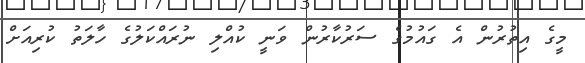
މީގެ އިތުރުން އެ ގައުމުގެ ސަރުކާރުން ވަނީ ކުއްލި ނުރައްކަލުގެ ހާލަތު ކުރިއަށް